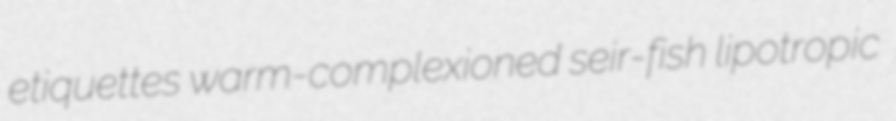
etiquettes warm-complexioned seir-fish lipotropic